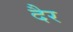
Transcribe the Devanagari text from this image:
दैर